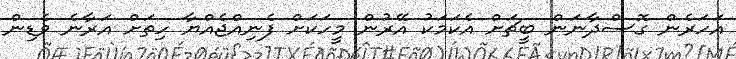
އަހަރެން ގޮސްދާނަން ބީޗަށް އެކަމަކު އޭރުން މީހަކަށް ފެނިއްޖެއްޔާ ހިތަށް އަރާނެ ވެޑިން